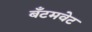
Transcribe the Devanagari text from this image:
बँटमवेट